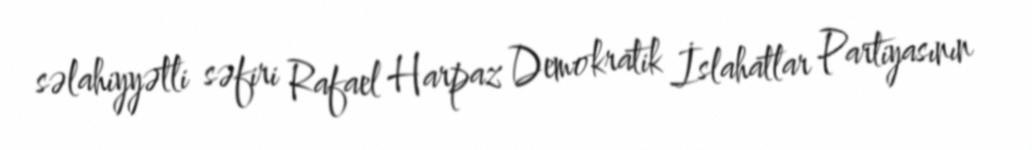
səlahiyyətli səfiri Rafael Harpaz Demokratik İslahatlar Partiyasının